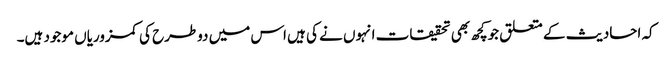
کہ احادیث کے متعلق جوکچھ بھی تحقیقات انہوں نے کی ہیں اس میں دوطرح کی کمزوریاں موجود ہیں۔